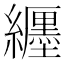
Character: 纒